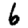
Digit: 6